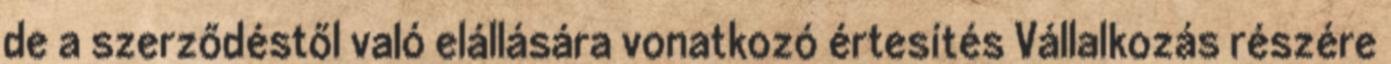
de a szerződéstől való elállására vonatkozó értesítés Vállalkozás részére